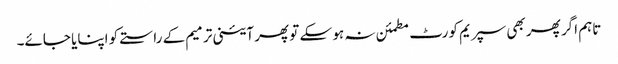
تاہم اگر پھر بھی سپریم کورٹ مطمئن نہ ہو سکے تو پھر آئینی ترمیم کے راستے کو اپنایا جائے۔